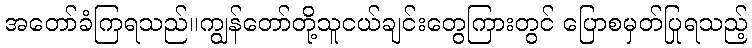
အတော်ခံကြရသည်။ကျွန်တော်တို့သူငယ်ချင်းတွေကြားတွင် ပြောစမှတ်ပြုရသည့်